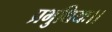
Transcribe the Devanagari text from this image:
प्रभुधियः।।